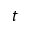
t